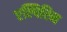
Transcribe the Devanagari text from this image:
एल्पिरिन